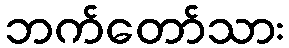
ဘက်တော်သား